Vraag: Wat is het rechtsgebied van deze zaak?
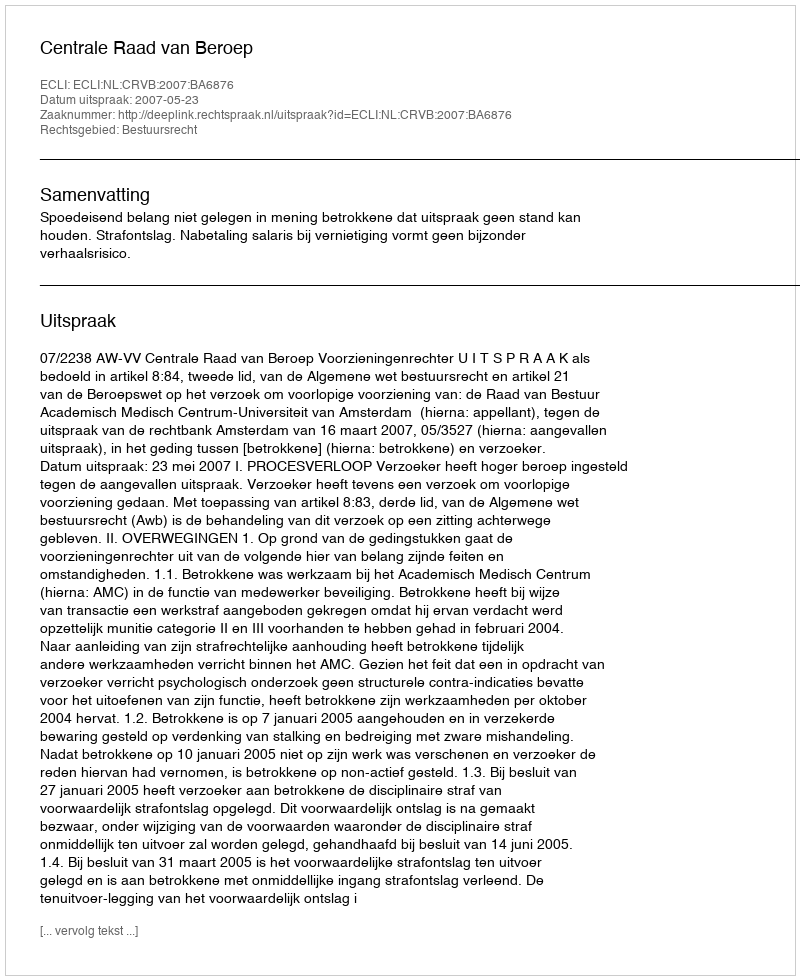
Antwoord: Bestuursrecht